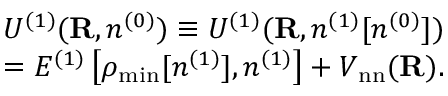
\begin{array} { l } { { \displaystyle { \cal U } ^ { ( 1 ) } ( { \bf R } , n ^ { ( 0 ) } ) \equiv { \cal U } ^ { ( 1 ) } ( { \bf R } , n ^ { ( 1 ) } [ n ^ { ( 0 ) } ] ) } \ ~ } \\ { { \displaystyle = { \cal E } ^ { ( 1 ) } \left[ \rho _ { \mathrm { m i n } } [ n ^ { ( 1 ) } ] , n ^ { ( 1 ) } \right] + V _ { \mathrm { n n } } ( { \bf R } ) } . } \end{array}